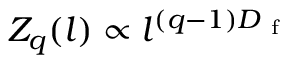
Z _ { q } ( l ) \propto l ^ { ( q - 1 ) D _ { \mathrm { ~ f ~ } } }